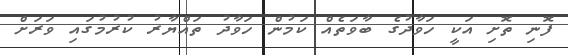
ފޮނި ތޮށި އަކީ ހަވާދުގެ ބާވަތެއް ކަމުން ހަވާދު ތައްޔާރު ކުރުމުގައި ވަރަށް